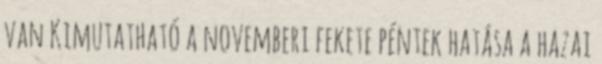
van Kimutatható a novemberi fekete péntek hatása a hazai